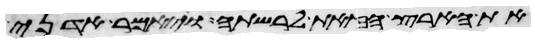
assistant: את הארץ הזאת לרשתה ויאמר אדני